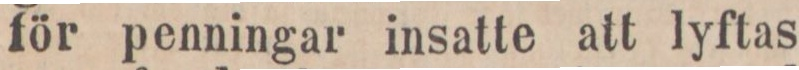
för penningar insatte att lyftas